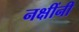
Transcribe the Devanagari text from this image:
नक्षींनी